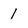
Character: 1